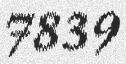
7839